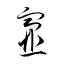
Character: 韲